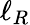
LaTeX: \ell_{R}